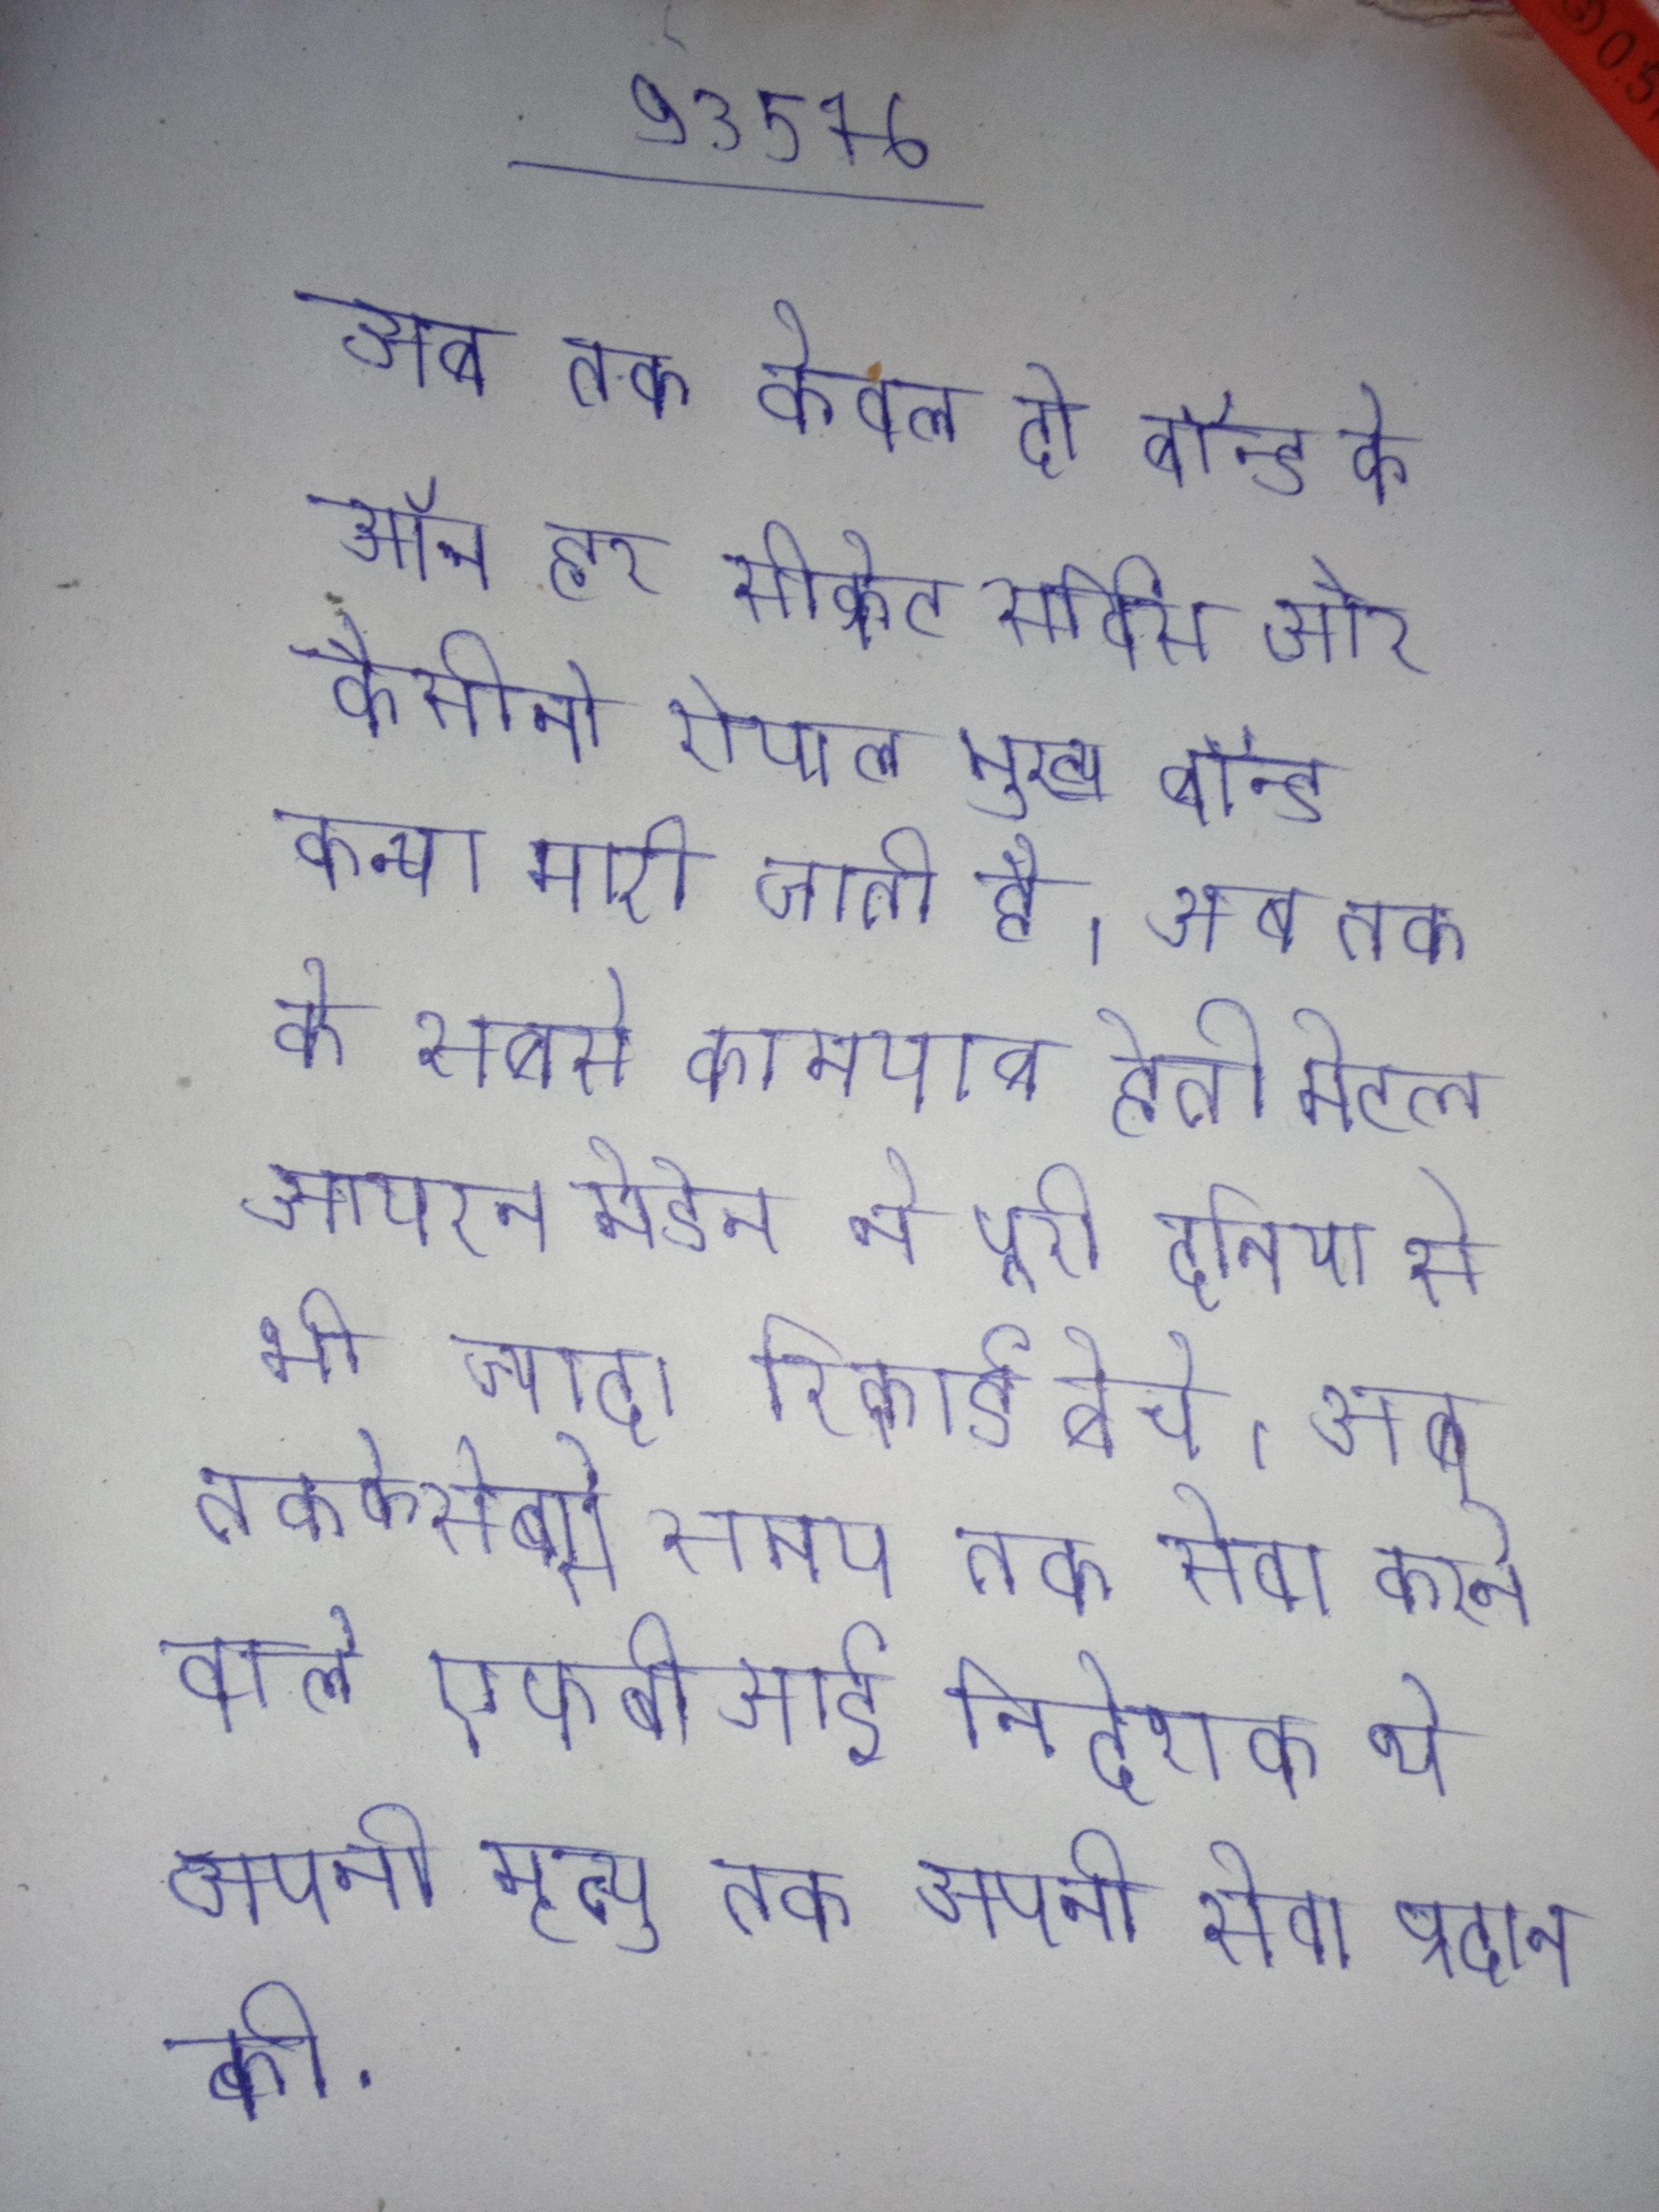
अब तक केवल दो बॉन्ड के ऑन हर सीक्रेट सर्विस और कैसीनो रोयाल मुख्य बॉन्ड कन्या मारी जाती है । अब तक के सबसे कामयाब हेवी मेटल आयरन मेडेन ने पूरी दुनिया से भी ज्यादा रिकार्ड बेचे । अब तक के सबसे समय तक सेवा करने वाले एफबीआई निदेशक थे अपनी मृत्यु तक अपनी सेवा प्रदान की .